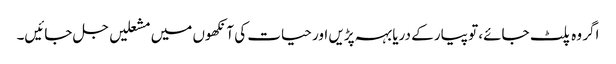
اگر وہ پلٹ جائے، تو پیار کے دریا بہہ پڑیں اور حیات کی آنکھوں میں مشعلیں جل جائیں۔